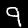
Label: 9